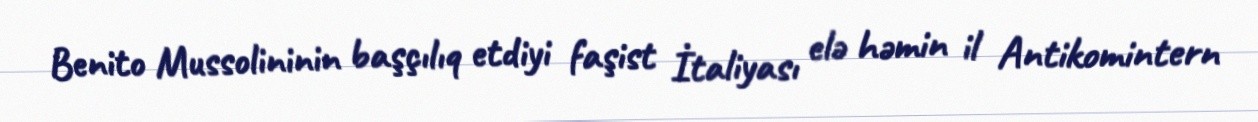
Benito Mussolininin başçılıq etdiyi faşist İtaliyası elə həmin il Antikomintern